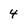
Character: 4